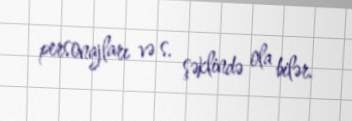
personajları və s. şəklində ola bilər.